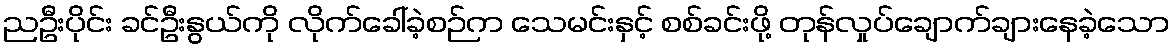
ညဦးပိုင်း ခင်ဦးနွယ်ကို လိုက်ခေါ်ခဲ့စဉ်က သေမင်းနှင့် စစ်ခင်းဖို့ တုန်လှုပ်ချောက်ချားနေခဲ့သော